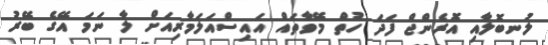
ލުނބޮލާއި އޮރެންޖް ފަދަ ހުތް މޭވާތައް އައިސްއަލަމާރިއަށް ލާ ނަމަ އޭގެ ބޭރު